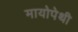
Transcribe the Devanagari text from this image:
मायोपेथी